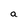
Character: a